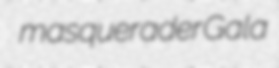
masquerader Gala